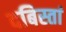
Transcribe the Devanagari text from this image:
दबिस्तां